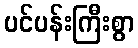
ပင်ပန်းကြီးစွာ